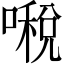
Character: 𠾔